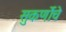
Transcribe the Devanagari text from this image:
सुकर्णोचे